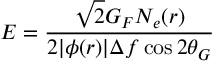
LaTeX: E = \frac { \sqrt { 2 } G _ { F } N _ { e } ( r ) } { 2 | \phi ( r ) | \Delta f \cos 2 \theta _ { G } }